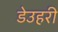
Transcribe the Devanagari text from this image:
डेउहरी